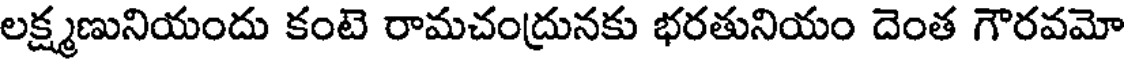
లక్ష్మణునియందు కంటె రామచంద్రునకు భరతునియం దెంత గౌరవమో